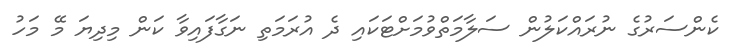
ކެންސަރުގެ ނުރައްކަލުން ސަލާމަތްވުމަށްޓަކައި ދެ އުރަމަތި ނަގާފައިވާ ކަން މިދިޔަ މޭ މަހު